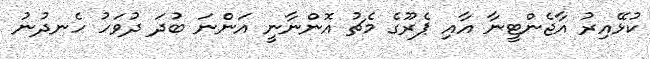
ކުޅޭއިރު އާޖެންޓީނާ އާއި ޕެރޫގެ މެޗު އޮންނާނީ އަންނަ ބުދަ ދުވަހު ހެނދުނު